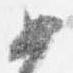
如